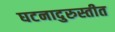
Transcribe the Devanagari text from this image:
घटनादुरुस्तीत